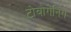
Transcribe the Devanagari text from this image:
टोबोगेनिंग